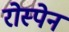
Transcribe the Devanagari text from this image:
रोस्पेन